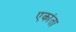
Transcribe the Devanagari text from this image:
एकांता